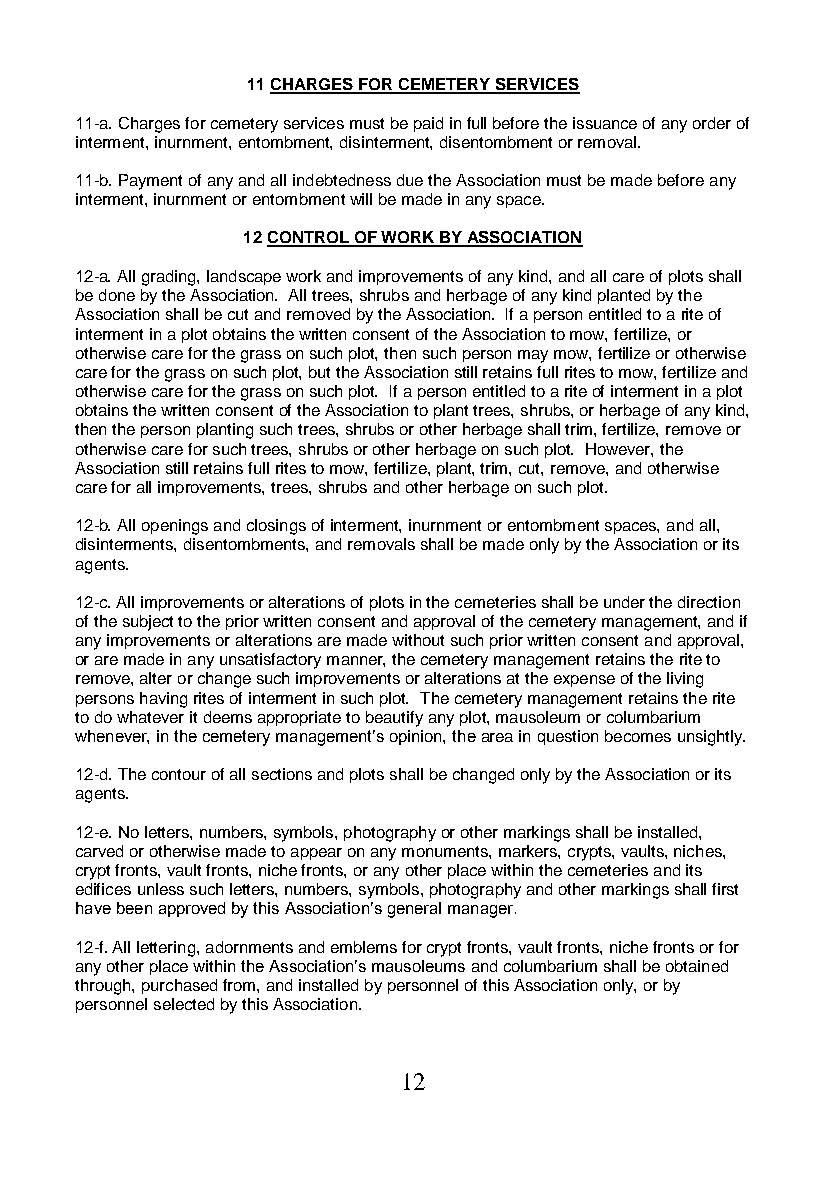
11 CHARGES FOR CEMETERY SERVICES
 11-a. Charges for cemetery services must be paid in full before the issuance of any order of
 interment, inurnment, entombment, disinterment, disentombment or removal.
 11-b. Payment of any and all indebtedness due the Association must be made before any
 interment, inurnment or entombment will be made in any space.
 12 CONTROL OF WORK BY ASSOCIATION
 12-a. All grading, landscape work and improvements of any kind, and all care of plots shall
 be done by the Association. All trees, shrubs and herbage of any kind planted by the
 Association shall be cut and removed by the Association. If a person entitled to a rite of
 interment in a plot obtains the written consent of the Association to mow, fertilize, or
 otherwise care for the grass on such plot, then such person may mow, fertilize or otherwise
 care for the grass on such plot, but the Association still retains full rites to mow, fertilize and
 otherwise care for the grass on such plot. If a person entitled to a rite of interment in a plot
 obtains the written consent of the Association to plant trees, shrubs, or herbage of any kind,
 then the person planting such trees, shrubs or other herbage shall trim, fertilize, remove or
 otherwise care for such trees, shrubs or other herbage on such plot. However, the
 Association still retains full rites to mow, fertilize, plant, trim, cut, remove, and otherwise
 care for all improvements, trees, shrubs and other herbage on such plot.
 12-b. All openings and closings of interment, inurnment or entombment spaces, and all,
 disinterments, disentombments, and removals shall be made only by the Association or its
 agents.
 12-c. All improvements or alterations of plots in the cemeteries shall be under the direction
 of the subject to the prior written consent and approval of the cemetery management, and if
 any improvements or alterations are made without such prior written consent and approval,
 or are made in any unsatisfactory manner, the cemetery management retains the rite to
 remove, alter or change such improvements or alterations at the expense of the living
 persons having rites of interment in such plot. The cemetery management retains the rite
 to do whatever it deems appropriate to beautify any plot, mausoleum or columbarium
 whenever, in the cemetery management’s opinion, the area in question becomes unsightly.
 12-d. The contour of all sections and plots shall be changed only by the Association or its
 agents.
 12-e. No letters, numbers, symbols, photography or other markings shall be installed,
 carved or otherwise made to appear on any monuments, markers, crypts, vaults, niches,
 crypt fronts, vault fronts, niche fronts, or any other place within the cemeteries and its
 edifices unless such letters, numbers, symbols, photography and other markings shall first
 have been approved by this Association’s general manager.
 12-f. All lettering, adornments and emblems for crypt fronts, vault fronts, niche fronts or for
 any other place within the Association’s mausoleums and columbarium shall be obtained
 through, purchased from, and installed by personnel of this Association only, or by
 personnel selected by this Association.
 12